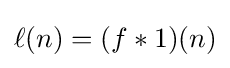
\ell (n)=(f\ast 1)(n)